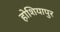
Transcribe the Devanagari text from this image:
होशियापुर